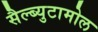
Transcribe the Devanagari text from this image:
सैल्ब्युटामोल